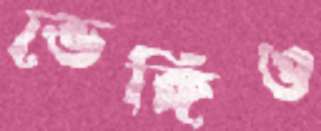
ভেঙ্গিও